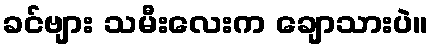
ခင်ဗျား သမီးလေးက ချောသားပဲ။